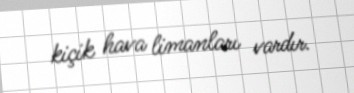
kiçik hava limanları vardır.